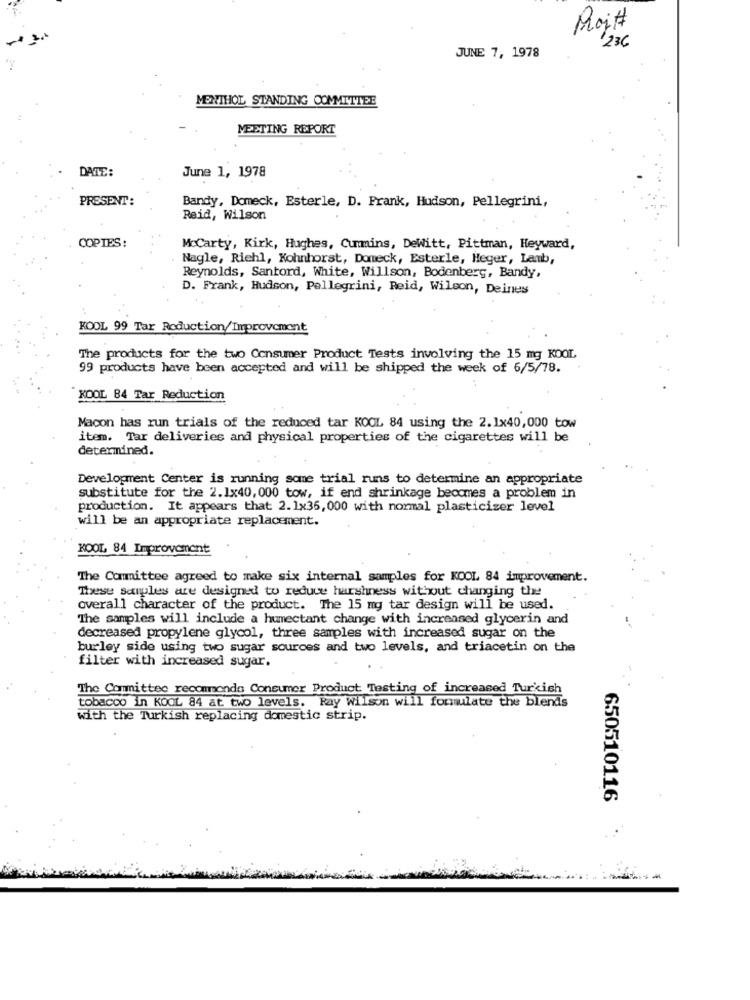
Poj#
236
JUNE 7, 1978
MENTHOL STANDING COMMITTEE
MEETING REPORT
DATE:
June 1, 1978
PRESENT:
Bandy, Domeck, Esterle, D. Frank, Hudson, Pellegrini,
Reid, Wilson
COPIES:
McCarty, Kirk, Hughes, Cummins, DeWitt, Pittman, Heyward,
Nagle, Riehl, Kohnhorst, Domeck, Esterle, Heger, Lamb,
Reynolds, Santord, White, Willson, Bodenberg, Bandy,
D. Frank, Hudson, Pellegrini, Reid, Wilson, Deines
KOOL 99 Tar Roduction/Improvement
The products for the two Consumer Product Tests involving the 15 mg KOOL
99 products have been accepted and will be shipped the week of 6/5/78.
KOOL 84 Tar Reduction
Macon has run trials of the reduced tar KOOL 84 using the 2.1x40,000 tow
item. Tar deliveries and physical properties of the cigarettes will be
determined.
Development Center is running some trial runs to determine an appropriate
substitute for the 2.1x40, 000 tow, if end shrinkage becomes a problem in
production. It appears that 2.1x36, 000 with normal plasticizer level
will be an appropriate replacement.
KOOL 84 Improvement
The Committee agreed to make six internal samples for KOOL 84 improvement.
These samples are designed to reduce harshness without changing the
overall character of the product. The 15 mg tar design will be used.
The samples will include a humectant change with increased glycerin and
decreased propylene glycol, three samples with increased sugar on the
burley side using two sugar sources and two levels, and triacetin on the
filter with increased sugar.
The Committee recommends Consumer Product Testing of increased Turkish
tobacco in KOOL 84 at two levels. Ray wilson will formulate the blends
with the Turkish replacing domestic strip.
650510116
. -